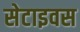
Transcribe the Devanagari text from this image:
सेटाइवस